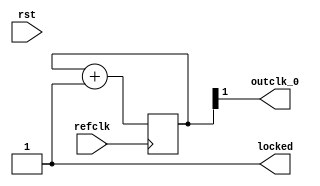
module pll (
		input  wire  refclk,
		input  wire  rst,
		output reg   outclk_0,
		output wire  locked
	);

	reg [1:0] refclk_div;

	always @(posedge refclk)
	begin
 		refclk_div = refclk_div + 1'b1;
	end

	assign outclk_0 = refclk_div[1];
	assign locked   = 1'b1;

endmodule